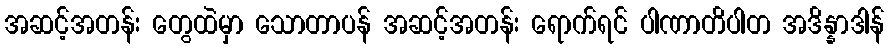
အဆင့်အတန်း တွေထဲမှာ သောတာပန် အဆင့်အတန်း ရောက်ရင် ပါဏာတိပါတ အဒိန္နာဒါန်